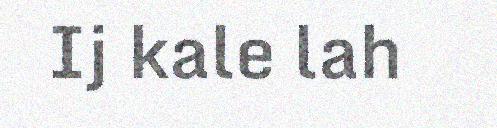
Ij kale lah